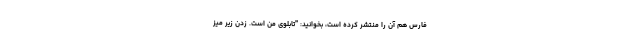
فارس هم آن را منتشر کرده است، بخوانید: "تابلوی من است. زدن زیر میز